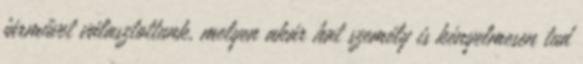
járművet választottunk, melyen akár hat személy is kényelmesen tud